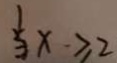
\frac { 1 } { 3 } x \geq 2